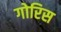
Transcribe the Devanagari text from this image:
गोरिस